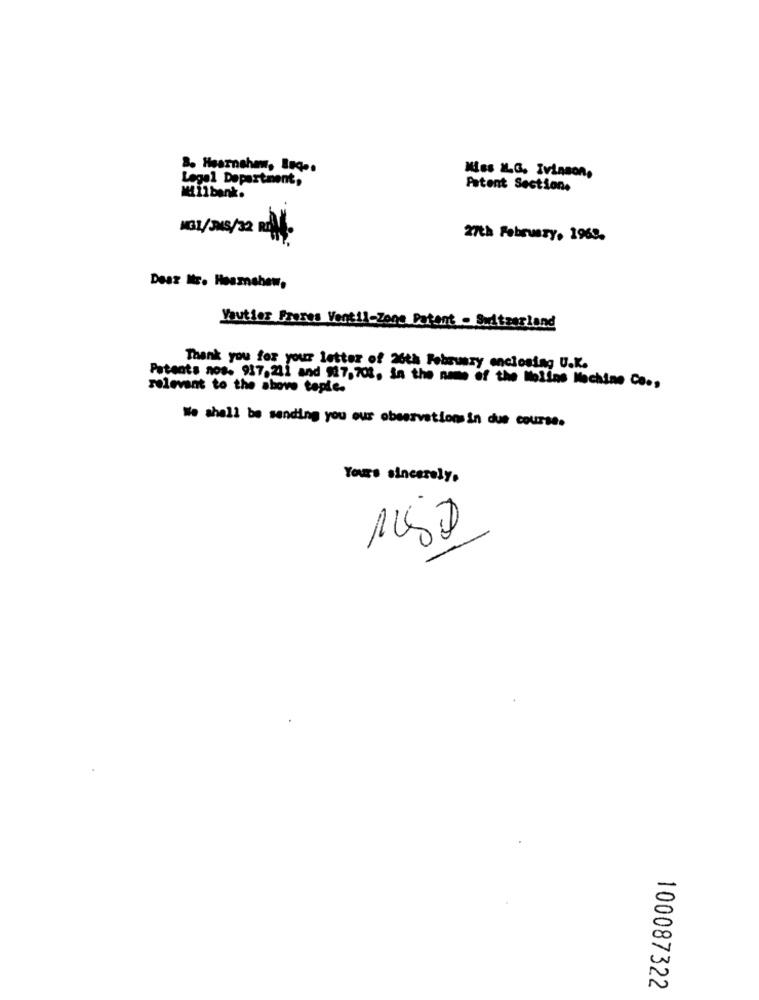
8. Hearnshaw, leq ..
Miss &L.G. Ivinson,
Legal Department,
Milbank.
Patent Section,
KGL/JUS/32 RA.
27th February, 1969.
Dear Mr. Heamshew,
Vautier Prores Ventil-Zone Patent - Switzerland
Thank you for your letter of 26th February enclosing U.K.
Patents nos- 917,211 and $27,702, in the name of the Molins Machine Co .,
relevant to the shove teple.
We shall be sending you our observations in due course.
Yours sincerely,
1USD
100087322